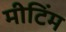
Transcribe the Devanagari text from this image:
मीटिंम